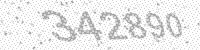
Solution: 342890